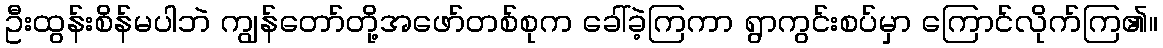
ဦးထွန်းစိန်မပါဘဲ ကျွန်တော်တို့အဖော်တစ်စုက ခေါ်ခဲ့ကြကာ ရွာကွင်းစပ်မှာ ကြောင်လိုက်ကြ၏။